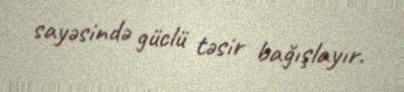
sayəsində güclü təsir bağışlayır.